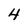
Character: 4